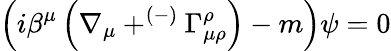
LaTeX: \left(i\beta^{\mu}\left(\nabla_{\mu}+^{\left(-\right)}\Gamma_{\mu\rho}^{\rho}\right)-m\right)\psi=0